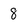
Character: 8